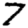
Digit: 7